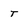
Character: t